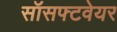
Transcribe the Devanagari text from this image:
सॉसफ्टवेयर